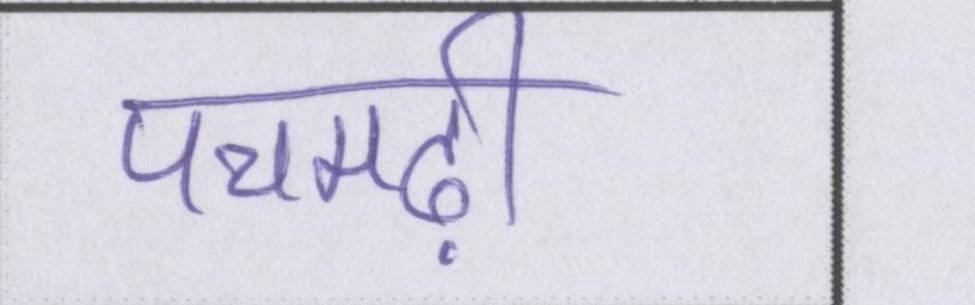
पचमढ़ी